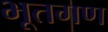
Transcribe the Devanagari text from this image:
भूतगण